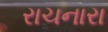
રાચનારા